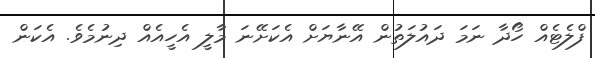
ފްލެޓެއް ހޯދާ ނަމަ ދައުލަތުން އޭނާޔަށް އެކަށޭނަ މާލީ އެހީއެއް ދިނުމެވެ. އެކަން